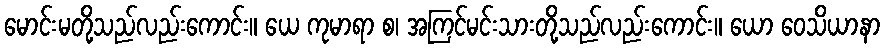
မောင်းမတို့သည်လည်းကောင်း။ ယေ ကုမာရာ စ၊ အကြင်မင်းသားတို့သည်လည်းကောင်း။ ယော ဝေသိယာနာ